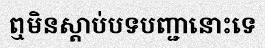
ឮមិនស្តាប់បទបញ្ជានោះទេ